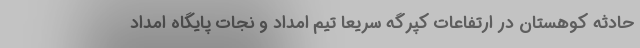
حادثه کوهستان در ارتفاعات کپرگه سریعاً تیم امداد و نجات پایگاه امداد